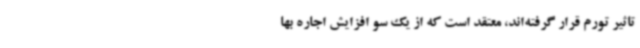
تاثیر تورم قرار گرفته‌اند، معتقد است که از یک سو افزایش اجاره بها